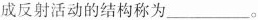
成反射活动的结构称为 ___ 。